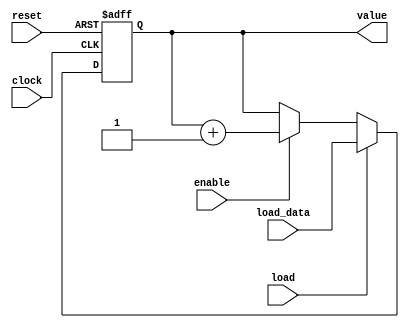
//-----------------------------------
// Ricardo Pellecer Orellana
// Carn: 19072
// 22/Noviembre/2020
// -----------------------------------

//Program Counter - S funciona
module Counter (input wire clock, reset, load, enable, input wire [11:0]load_data, output reg [11:0]value);
  always @ (posedge clock, posedge reset) begin
    if (reset) begin
      value <= 12'b0;
    end
    else if (load) begin
      value <= load_data;
    end
    else if (enable) begin
      value <= value + 1;
    end
  end
endmodule

//ROM - S funciona
module ROM_Memory (input wire [11:0]address, output wire [7:0]opcode);
  reg [7:0] ROM [0:4095];
  initial begin
      $readmemh("instructions.list", ROM);
  end
  assign opcode = ROM[address];
endmodule

// Flip Flop Tipo D --> para fetch - S funciona
module flip_flop8 (input wire clk, reset, enable, input wire [7:0]d, output reg [7:0]q);
	always @ (posedge clk or posedge reset or enable)begin
		if (reset) begin
			q <= 8'b0;
		end
    else if (enable) begin
      q <= d;
    end
	end
endmodule

//Fetch - S funciona
module Fetch (input wire clk, reset, enable, input wire [7:0]opcode, output wire [3:0]instruction, operand);
  wire [7:0]q;
  assign instruction = q[7:4];
  assign operand = q[3:0];
  flip_flop8 F1(clk, reset, enable, opcode, q);
endmodule

// Flip Flop Tipo D --> para flags - S funciona
module Flags (input wire clk, reset, enable, input wire [1:0]d, output reg [1:0]q);
	always @ (posedge clk or posedge reset or enable)begin
		if (reset) begin
			q <= 2'b0;
		end
    else if (enable) begin
      q <= d;
    end
	end
endmodule

// Flip Flop Tipo D --> para toggle del phase - S funciona
module flip_flop1 (input wire clk, reset, enable, input wire d, output reg q);
	always @ (posedge clk or posedge reset or enable)begin
		if (reset) begin
			q <= 1'b0;
		end
    else if (enable) begin
      q <= d;
    end
	end
endmodule

// Flip Flop Toggle --> para phase - S funciona
module Phase (input wire clk, reset, enable, output wire q);
  wire d;
  assign d = ~q;
	flip_flop1 F1(clk, reset, enable, d, q);
endmodule

//Decode - S funciona
module Microcode(input wire [6:0]address, output reg [12:0]control);
  always @ (address) begin
    casex (address)
    7'bxxxxxx0: //0
      control <= 13'b1000000001000;
    7'b00001x1: //1
      control <= 13'b0100000001000;
    7'b00000x1: //2
      control <= 13'b1000000001000;
    7'b00011x1: //3
      control <= 13'b1000000001000;
    7'b00010x1: //4
      control <= 13'b0100000001000;
    7'b0010xx1: //5
      control <= 13'b0001001000010;
    7'b0011xx1: //6
      control <= 13'b1001001100000;
    7'b0100xx1: //7
      control <= 13'b0011010000010;
    7'b0101xx1: //8
      control <= 13'b0011010000100;
    7'b0110xx1: //9
      control <= 13'b1011010100000;
    7'b0111xx1: //10
      control <= 13'b1000000111000;
    7'b1000x11: //11
      control <= 13'b0100000001000;
    7'b1000x01: //12
      control <= 13'b1000000001000;
    7'b1001x11: //13
      control <= 13'b1000000001000;
    7'b1001x01: //14
      control <= 13'b0100000001000;
    7'b1010xx1: //15
      control <= 13'b0011011000010;
    7'b1011xx1: //16
      control <= 13'b1011011100000;
    7'b1100xx1: //17
      control <= 13'b0100000001000;
    7'b1101xx1: //18
      control <= 13'b0000000001001;
    7'b1110xx1: //19
      control <= 13'b0011100000010;
    7'b1111xx1: //20
      control <= 13'b1011100100000;
    default:
      control <= 13'b1111111111111;
    endcase
  end
endmodule

// Buffer Tri-estado - S funciona
module Tris (input wire enable, input wire [3:0]in, output wire [3:0]out);
  assign out = enable ? in:4'bz;
endmodule

//RAM - S funciona
module RAM_Memory (input wire enable, write, read, input wire [11:0]address_RAM, inout [3:0]data);
  reg [3:0] RAM [0:4095];
  reg [3:0]data_out;

  //Coloca un tris para poder escribir o leer
  assign data = (enable & read & ~write) ? data_out:4'bz;
  //Bloque de escritura
  always @ ( address_RAM or data or enable or write ) begin
    if (enable && write) begin
      RAM[address_RAM] = data;
    end
  end
  //Bloque de lectura
  always @ ( address_RAM or enable or write or read) begin
    if (enable && ~write && read) begin
      data_out = RAM[address_RAM];
    end
  end
endmodule

// Flip Flop Tipo D - S funciona
module Accumulator (input wire clk, reset, enable, input wire [3:0]result, output reg [3:0]accu);
	always @ (posedge clk or posedge reset or enable) begin
		if (reset) begin
			accu <= 4'b0;
		end
    else if (enable) begin
      accu <= result;
    end
	end
endmodule

//ALU - Los 3 bits de seleccion vienen del microcode el databus es el operand y la accu es W - S funciona
module ALU (input wire [3:0]data_bus, accu, input wire [2:0]selector, output reg [3:0]result, output wire [1:0]flags);
  wire zero;
  reg carry;
  always @ ( * ) begin
    case (selector)
    0:
      {carry, result} <= accu;
    1:
      {carry, result} <= accu - data_bus;
    2:
      {carry, result} <= data_bus;
    3:
      {carry, result} <= accu + data_bus;
    4:
      {carry, result} <= {1'b0, ~(accu & data_bus)};
    default:
      {carry, result} <= 5'b0;
    endcase
  end
  assign zero = (result == 4'b0) ? 1'b1:1'b0;
  assign flags[0] = zero;
  assign flags[1] = carry;
endmodule

// Flip Flop Tipo D --> para outputs - S funciona
module Outputs (input wire clk, reset, enable, input wire [3:0]d, output reg [3:0]q);
	always @ (posedge clk or posedge reset or enable)begin
		if (reset) begin
			q <= 4'b0;
		end
    else if (enable) begin
      q <= d;
    end
	end
endmodule

//Nibbler - S funciona
module uP (input wire clock, reset, input wire [3:0]pushbuttons, output wire phase, c_flag, z_flag, output wire [3:0]instr, oprnd, data_bus, FF_out, accu, output wire [7:0]program_byte, output wire [11:0]PC, address_RAM);
  //Cables internos del Nibbler
  wire [1:0]flags_in, flags_out; //posicion 1 es carry y 0 es zero
  wire [12:0]control;
  wire [3:0]alu_result;
  wire [6:0]address;
  //Defino a address como la contatenacion de varias entradas
  assign address = {instr, c_flag, z_flag, phase};
  //address_RAM
  assign address_RAM = {oprnd, program_byte};
  //Defino mis banderas concatenadas
  assign c_flag = flags_out[1];
  assign z_flag = flags_out[0];
  //Defino a los bits de control con mi address a traves del decode
  Microcode M1(address, control);
  //Doy valor al PC a traves de las seales de control 11 y 12 -load y enable respectivamente-
  Counter PC1(clock, reset, control[11], control[12], address_RAM, PC);
  //Busco la instruccion correspondiente en la ROM con el PC
  ROM_Memory ROM1(PC, program_byte);
  //Fetch divide al program_byte -opcode- en instruccion y operando
  Fetch FE1(clock, reset, ~phase, program_byte, instr, oprnd);
  //Uso el toggle para definir el phase
  Phase PH1(clock, reset, 1'b1, phase); //Enable del phase siempre en 1?????
  //Dejo pasar mis banderas con el bit 9 de control -LoadFlags-
  Flags FL1(clock, reset, control[9], flags_in, flags_out);
  //Primer Bus Driver - Defino a data_bus usando el bit 1 de control -oeOprnd-
  Tris BD1(control[1], oprnd, data_bus);
  //Operaciones con ALU entra data_bus y accu, selecciono con los bits 6, 7 y 8 de control, sale el resultado y las banderas
  ALU A1(data_bus, accu, control[8:6], alu_result, flags_in);
  //Genero el registro W - Defino a accu a traves del resultado de la ALU y del bit 10 de control -loadA-
  Accumulator A2(clock, reset, control[10], alu_result, accu);
  //Segundo Bus Driver - Defino a data_bus usando el bit 3 de control -oeALU-
  Tris BD2(control[3], alu_result, data_bus);
  //Definicion de la RAM uso de control 4 y 5 -weRAM y csRAM respectivamente-
  RAM_Memory RAM1(control[5], control[4], control[5], address_RAM, data_bus); //output enable de la RAM es cuando los otros tres tris estan en cero????
  //Tercer Bus Driver - Defino a data_bus usando el bit 2 de control -oeIN-
  Tris BD3(control[2], pushbuttons, data_bus);
  //Flip flop para Outputs con bit 0 de control -loadOut-
  Outputs O1(clock, reset, control[0], data_bus, FF_out);
endmodule